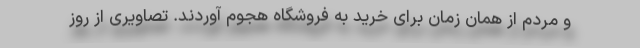
و مردم از همان زمان برای خرید به فروشگاه هجوم آوردند. تصاویری از روز